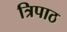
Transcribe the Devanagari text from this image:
त्रिपाठ